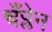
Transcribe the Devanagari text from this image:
चँप्लेन